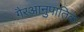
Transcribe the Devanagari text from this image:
गैरआनुपातिक